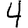
Digit: 4